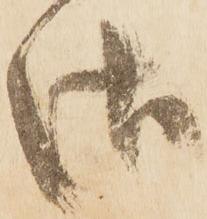
御